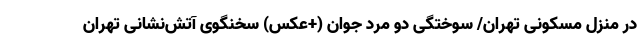
در منزل مسکونی تهران/ سوختگی دو مرد جوان (+عکس) سخنگوی آتش‌نشانی تهران